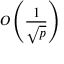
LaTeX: O \left( { \frac { 1 } { \sqrt { p } } } \right)